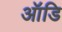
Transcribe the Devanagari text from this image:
ऑडि